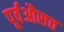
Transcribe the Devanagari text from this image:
पूर्वऔसत